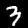
Digit: 3